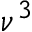
\nu ^ { 3 }